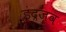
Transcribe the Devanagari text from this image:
इंद्रजव